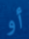
أو